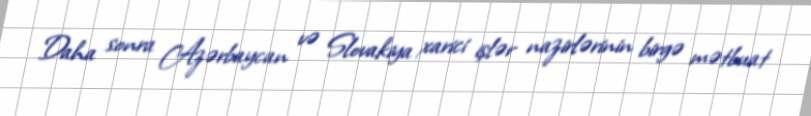
Daha sonra Azərbaycan və Slovakiya xarici işlər nazirlərinin birgə mətbuat